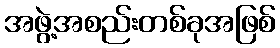
အဖွဲ့အစည်းတစ်ခုအဖြစ်